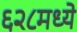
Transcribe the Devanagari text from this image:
६२८मध्ये